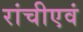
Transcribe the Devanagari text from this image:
रांचीएवं